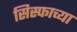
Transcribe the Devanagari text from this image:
सिस्फाच्या